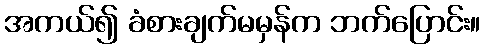
အကယ်၍ ခံစားချက်မမှန်က ဘက်ပြောင်း။